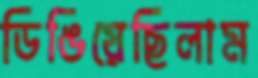
ডিঙিয়েছিলাম